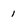
Character: 1